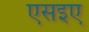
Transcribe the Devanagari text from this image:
एसइए